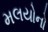
મલયોનો